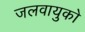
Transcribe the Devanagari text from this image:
जलवायुको